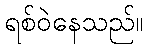
ရစ်ဝဲနေသည်။